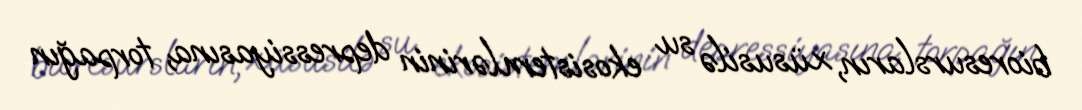
bioresursların, xüsusilə su ekosistemlərinin depressiyasına, torpağın